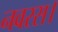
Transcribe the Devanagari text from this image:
नवरस।